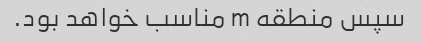
سپس منطقه m مناسب خواهد بود.